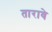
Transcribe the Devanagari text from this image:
तारावे